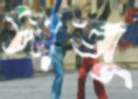
সাজু